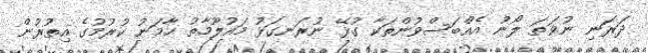
ދަރަނި ނުވަތަ ލޯނު އެއްބަސްވުންތަކާ ގުޅޭ ނުރަނގަޅު މައުލޫމާތު ހާމަނު ކުރުމުގެ އިތުރުން